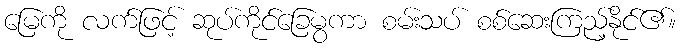
မြေကို လက်ဖြင့် ဆုပ်ကိုင်ခြေမွကာ စမ်းသပ် စစ်ဆေးကြည့်နိုင်၏။